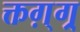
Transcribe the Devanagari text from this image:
क्तग़्ग्र्